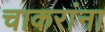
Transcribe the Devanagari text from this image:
चाकरांना